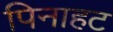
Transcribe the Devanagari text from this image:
पिनाहट